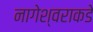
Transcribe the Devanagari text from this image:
नागेश्वराकडे